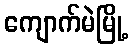
ကျောက်မဲမြို့